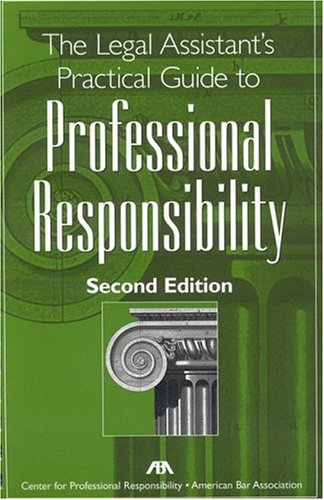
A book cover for The Legal Assistant's Practical Guide to Professional Responsibility; American Bar Association; Law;